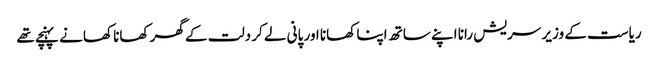
ریاست کے وزیر سریش رانا اپنے ساتھ اپنا کھانا اور پانی لے کر دلت کے گھر کھانا کھانے پہنچے تھے